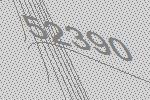
52390